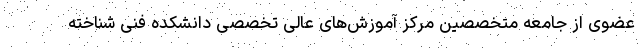
عضوی از جامعه متخصصین مرکز آموزش‌های عالی تخصصی دانشکده فنی شناخته